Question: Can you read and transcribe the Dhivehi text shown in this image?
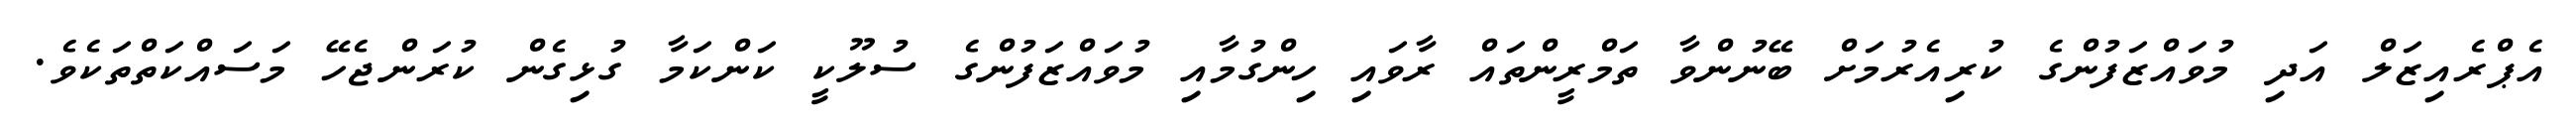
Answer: އެޕްރެއިޒަލް އަދި މުވައްޒަފުންގެ ކުރިއެރުމަށް ބޭނުންވާ ތަމްރީންތައް ރާވައި ހިންގުމާއި މުވައްޒަފުންގެ ސުލޫކީ ކަންކަމާ ގުޅިގެން ކުރަންޖެހޭ މަސައްކަތްތަކެވެ.